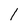
Character: 1